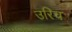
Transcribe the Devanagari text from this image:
उरिच